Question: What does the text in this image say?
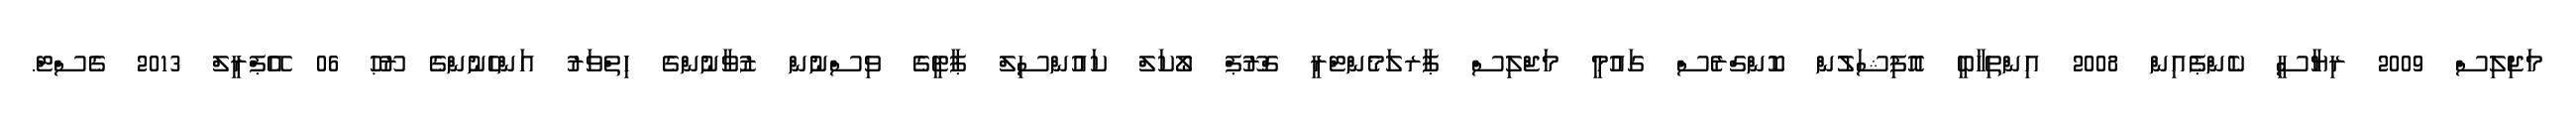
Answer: މަޖިލިސް 2009 ރިޔާސީ ކެންޕެއިން 2008 އިންތިހާބީ އޮފިޝަލުން ކޮންގްރެސް ގައުމީ މަޖްލިސް ޕާރލަމެންޓްރީ ގްރޫޕް ލޯކަލް ކައުންސިލް ޕާޓީގެ ވިސްނުން ޒުވާނުންގެ ހިތްވަރު އަންހެނުންގެ ރޫޙު 06 އޭޕްރީލް 2013 ގެސްޓް.